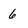
Character: 6